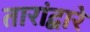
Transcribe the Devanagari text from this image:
तारांद्वारे